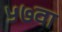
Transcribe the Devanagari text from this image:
५७वा